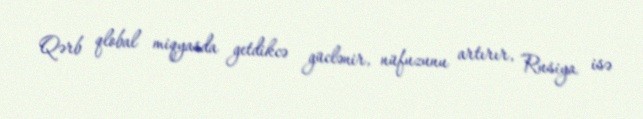
Qərb qlobal miqyasda getdikcə güclənir, nüfuzunu artırır, Rusiya isə